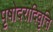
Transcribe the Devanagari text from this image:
पृषोदरादिवृत्ति